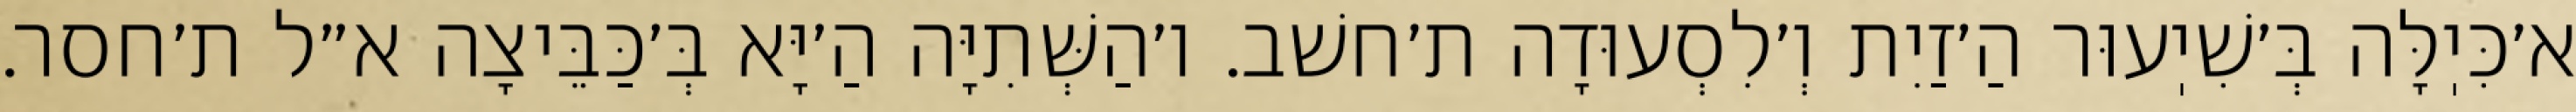
א׳כִּיֽלָּה בְּ׳שִׁיֽעוּר הַ׳זַיִת וְ׳לִסְעוּדָה ת׳חשׁב. ו׳הַשְּׁתִיָּה הַ׳יָּא בְּ׳כַּבֵּיצָה א״ל ת׳חסר.